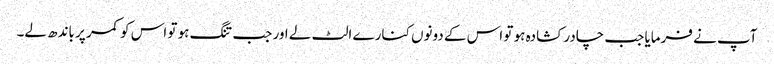
آپ نے فرمایا جب چادر کشادہ ہو تو اس کے دونوں کنارے الٹ لے اور جب تنگ ہو تو اس کو کمر پر باندھ لے۔